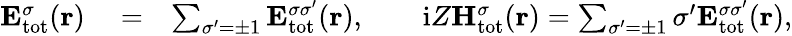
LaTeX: \begin{array}{rlr}{{\mathbf E}_{\mathrm{{tot}}}^{\sigma}({\mathbf r})}&{{}=}&{\sum_{\sigma^{\prime}=\pm 1}{\mathbf E}_{\mathrm{{tot}}}^{\sigma\sigma^{\prime}}({\mathbf r}),\qquad\mathrm{i}Z{\mathbf H}_{\mathrm{{tot}}}^{\sigma}({\mathbf r})=\sum_{\sigma^{\prime}=\pm 1}\sigma^{\prime}{\mathbf E}_{\mathrm{{tot}}}^{\sigma\sigma^{\prime}}({\mathbf r}),}\end{array}